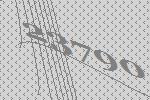
23790